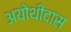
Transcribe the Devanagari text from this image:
अयोथीदास